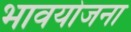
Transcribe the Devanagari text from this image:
भावयोजना